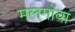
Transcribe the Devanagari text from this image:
मलगोवा